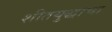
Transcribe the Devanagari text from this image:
शीतयुद्धाचा